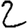
Digit: 2